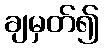
ချမှတ်၍